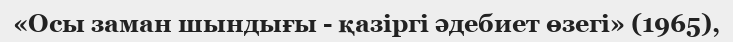
«Осы заман шындығы - қазіргі әдебиет өзегі» (1965),